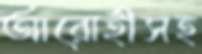
আরোহীসহ